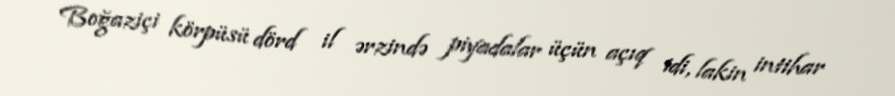
Boğaziçi körpüsü dörd il ərzində piyadalar üçün açıq idi, lakin intihar